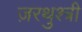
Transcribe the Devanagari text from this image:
ज़रथुश्त्री